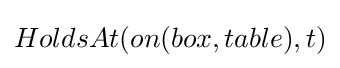
HoldsAt(on(box,table),t)